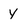
Character: y